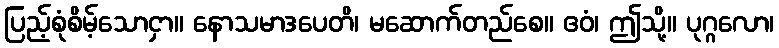
ပြည့်စုံစိမ့်သောငှာ။ နောသမာဒပေတိ၊ မဆောက်တည်စေ။ ဧဝံ၊ ဤသို့။ ပုဂ္ဂလော၊